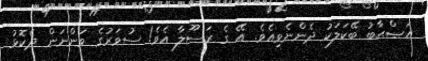
އަޞްޙާބު ބޭކަލަކު ދެންނެވިއެވެ. އޭ ގެ ރަސޫލާ އެވެ! ސުވަރުގެ ވަންނަން ދެކޮޅު